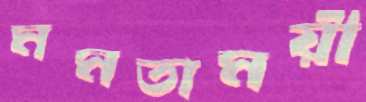
মমতাময়ী